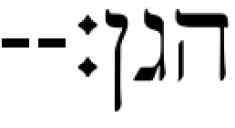
הגן׃--